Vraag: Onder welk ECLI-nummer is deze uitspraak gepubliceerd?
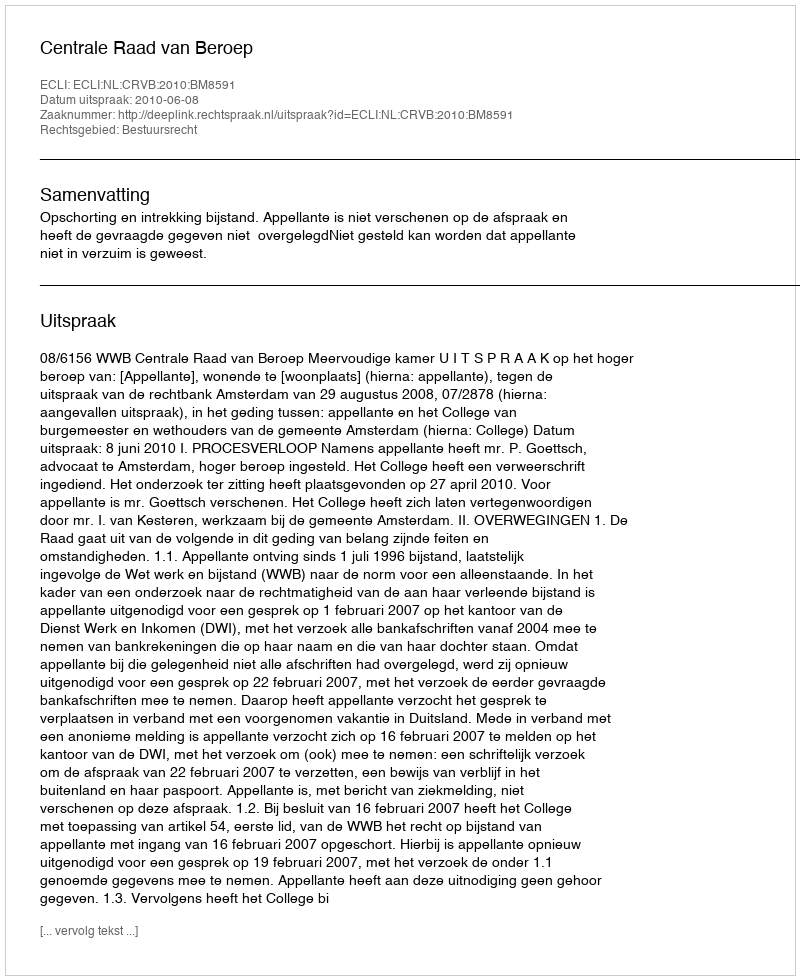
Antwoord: ECLI:NL:CRVB:2010:BM8591